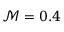
\mathcal { M } = 0 . 4